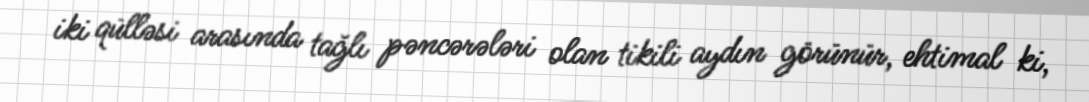
iki qülləsi arasında tağlı pəncərələri olan tikili aydın görünür, ehtimal ki,